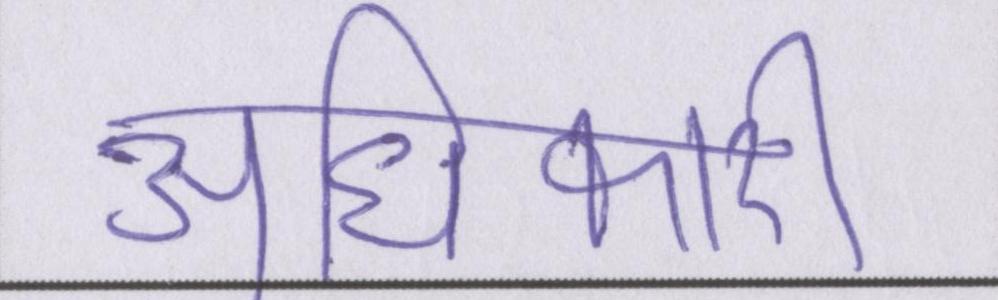
अधिकारी